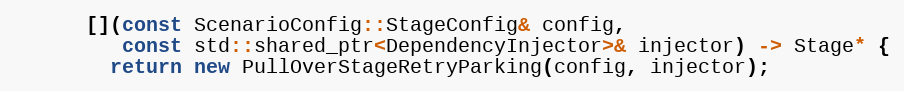
Language: C++
      [](const ScenarioConfig::StageConfig& config,
         const std::shared_ptr<DependencyInjector>& injector) -> Stage* {
        return new PullOverStageRetryParking(config, injector);